Medical and sanitary report of the native army of Madras for the year
Year: 1877
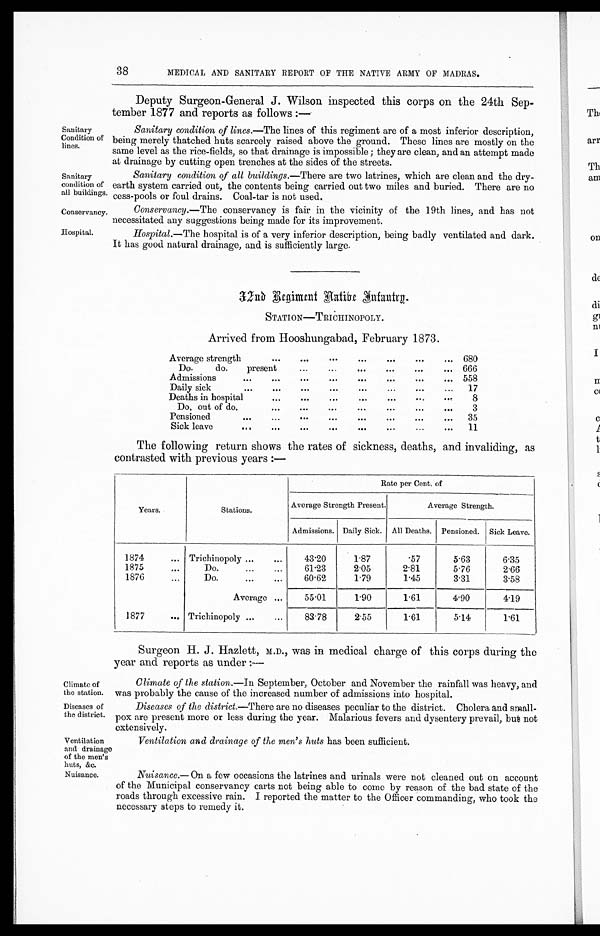
Sanitary
Condition of
lines.
Sanitary
condition of
all buildings.
Conservancy.
Hospital.
Climate of
the station.
Diseases of
the district.
38
MEDICAL AND SANITARY REPORT OF THE NATIVE ARMY OF MADRAS.
Deputy Surgeon-General J. Wilson inspected this corps on the 24th Sep-
tember 1877 and reports as follows :—
Sanitary condition of lines.— The lines of this regiment are of a most inferior description,
being merely thatched huts scarcely raised above the ground. These lines are mostly on the
same level as the rice-fields, so that drainage is impossible ; they are clean, and an attempt made
at drainage by cutting open trenches at the sides of the streets.
Sanitary condition of all buildings.— There are two latrines, which are clean and the dry-
earth system carried out, the contents being carried out two miles and buried. There are no
cess-pools or foul drains. Coal-tar is not used.
Conservancy.— The conservancy is fair in the vicinity of the 19th lines, and has not
necessitated any suggestions being made for its improvement.
Hospital.— The hospital is of a very inferior description, being badly ventilated and dark.
It has good natural drainage, and is sufficiently large.
3 2 n d R e g i m e n t n a t i v e I n f a n t r y .
STATION—TRICHINOPOLY.
Arrived from Hooshungabad, February 1873.
Average strength
... ... ... ... ... ... ...
680
Do-
do.
present
... ... ... ... ...
... 666
Admissions
... ... ... ... ... ... ... ...
558
Daily sick
...
...
... ... ... ... ... ...
17
Deaths in hospital
...
...
...
...
... ... ...
8
Do, out of do.
... ... ... ... ... ... ...
3
Pensioned
... ... ... ... ... ... ... ...
35
Sick leave
... ... ... ... ... ... ... ...
11
The following return shows the rates of sickness, deaths, and invaliding, as
contrasted with previous years :—
Years.
Stations.
Rate per Cent. of
Average Strength Present.
Average Strength.
Admissions. Daily Sick. All Deaths. Pensioned. Sick Leave.
1874
... Trichinopoly ...
...
43.20
1.87
.57
5.63
6.35
1 8 7 5
. . .
Do.
...
...
61.23
2.05
2.81
5.76
2.66
1876
. . .
Do.
... ...
60.62
1.79
1.45
3.31
3.58
Average ...
55.01
1.90
1.61
4.90
4.19
1877
... Trichinopoly ...
...
83.78
2.55
1.61
5.14
1.61
Surgeon H. J. Hazlett, M.D., was in medical charge of this corps during the
year and reports as under :—
Climate of the station.—In September, October and November the rainfall was heavy, and
was probably the cause of the increased number of admissions into hospital.
Diseases of the district.—There are no diseases peculiar to the district. Cholera and small-
pox are present more or less during the year. Malarious fevers and dysentery prevail, but not
extensively.
Ventilation
and drainage
of the men's
huts, &c.
Nuisance.
Ventilation and drainage of the men's huts has been sufficient.
Nuisance.— On a few occasions the latrines and urinals were not cleaned out on account
of the Municipal conservancy carts not being able to come by reason of the bad state of the
roads through excessive rain. I reported the matter to the Officer commanding, who took the
necessary steps to remedy it.